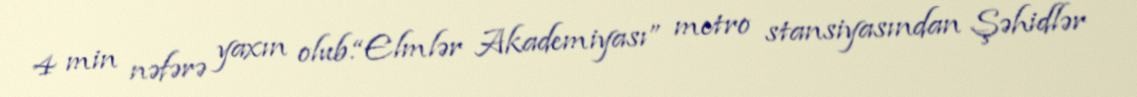
4 min nəfərə yaxın olub.“Elmlər Akademiyası” metro stansiyasından Şəhidlər